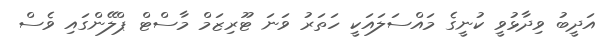
އަދީބު ވިދާޅުވީ ކުނީގެ މައްސަލައަކީ ހަތަރު ވަނަ ޓޫރިޒަމް މާސްޓް ޕްލޭންގައި ވެސް